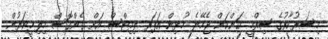
މިސަރުކާރުގެ ސިއްޚީ ކަންކަން ޖެހޭނެ މުޅިން އަޕަރ ލިމިޓްސް އަށް ގެންގޮސް މިލިމީޓަރުން